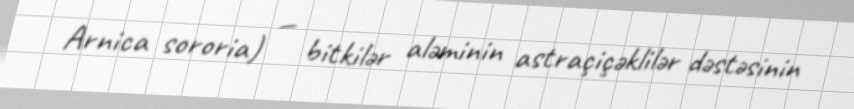
Arnica sororia) — bitkilər aləminin astraçiçəklilər dəstəsinin